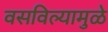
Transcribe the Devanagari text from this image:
वसविल्यामुळे